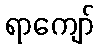
ရာကျော်